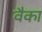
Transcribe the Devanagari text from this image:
वैका